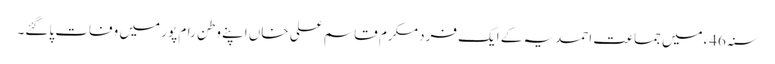
سنہ46ءمیں جماعت احمدیہ کے ایک فرد مکرم قاسم علی خاں اپنے وطن رام پور میں وفات پاگئے۔